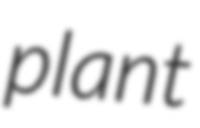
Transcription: plant